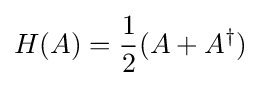
H(A)={\frac {1}{2}}(A+A^{\dagger })